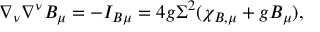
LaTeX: \nabla _ { \nu } \nabla ^ { \nu } B _ { \mu } = - I _ { B \mu } = 4 g \Sigma ^ { 2 } ( \chi _ { B , \mu } + g B _ { \mu } ) ,